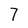
Character: 7